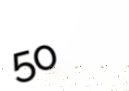
50%